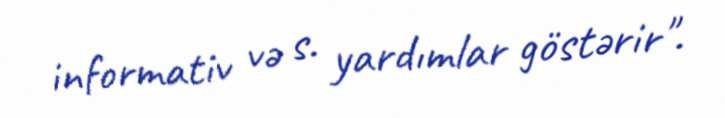
informativ və s. yardımlar göstərir".